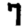
Digit: 7